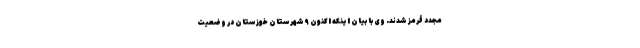
مجدد قرمز شدند. وی با بیان اینکه اکنون ۹ شهرستان خوزستان در وضعیت